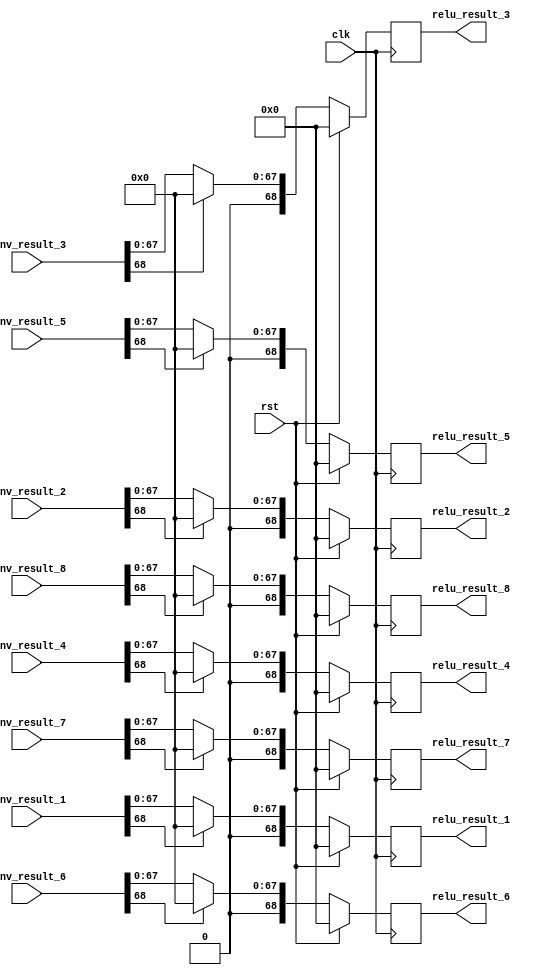
`timescale 1ns / 1ps
/*
`define RELU_X 24
`define RELU_Y 24
`define RELU_DATA_WIDTH 69
*/
module relu_layer(
	input clk,    	// Clock
	input rst,  	// Asynchronous reset active high
	input signed [68:0] conv_result_1,
	input signed [68:0] conv_result_2,
	input signed [68:0] conv_result_3,
	input signed [68:0] conv_result_4,
	input signed [68:0] conv_result_5,
	input signed [68:0] conv_result_6,
	input signed [68:0] conv_result_7,
	input signed [68:0] conv_result_8,
	output reg signed [68:0] relu_result_1,
	output reg signed [68:0] relu_result_2,
	output reg signed [68:0] relu_result_3,
	output reg signed [68:0] relu_result_4,
	output reg signed [68:0] relu_result_5,
	output reg signed [68:0] relu_result_6,
	output reg signed [68:0] relu_result_7,
	output reg signed [68:0] relu_result_8
);

	reg signed [68:0] next_relu_result_1;
	reg signed [68:0] next_relu_result_2;
	reg signed [68:0] next_relu_result_3;
	reg signed [68:0] next_relu_result_4;
	reg signed [68:0] next_relu_result_5;
	reg signed [68:0] next_relu_result_6;
	reg signed [68:0] next_relu_result_7;
	reg signed [68:0] next_relu_result_8;

	always @ (*) begin
		if (conv_result_1[68] == 1'b1) next_relu_result_1 = 0;
		else next_relu_result_1 = conv_result_1;

		if (conv_result_2[68] == 1'b1) next_relu_result_2 = 0;
		else next_relu_result_2 = conv_result_2;

		if (conv_result_3[68] == 1'b1) next_relu_result_3 = 0;
		else next_relu_result_3 = conv_result_3;

		if (conv_result_4[68] == 1'b1) next_relu_result_4 = 0;
		else next_relu_result_4 = conv_result_4;

		if (conv_result_5[68] == 1'b1) next_relu_result_5 = 0;
		else next_relu_result_5 = conv_result_5;

		if (conv_result_6[68] == 1'b1) next_relu_result_6 = 0;
		else next_relu_result_6 = conv_result_6;

		if (conv_result_7[68] == 1'b1) next_relu_result_7 = 0;
		else next_relu_result_7 = conv_result_7;

		if (conv_result_8[68] == 1'b1) next_relu_result_8 = 0;
		else next_relu_result_8 = conv_result_8;
	end

	always @ (posedge clk) begin
		if (rst) begin
			relu_result_1 <= 0;
			relu_result_2 <= 0;
			relu_result_3 <= 0;
			relu_result_4 <= 0;
			relu_result_5 <= 0;
			relu_result_6 <= 0;
			relu_result_7 <= 0;
			relu_result_8 <= 0;
		end else begin
			relu_result_1 <= next_relu_result_1;
			relu_result_2 <= next_relu_result_2;
			relu_result_3 <= next_relu_result_3;
			relu_result_4 <= next_relu_result_4;
			relu_result_5 <= next_relu_result_5;
			relu_result_6 <= next_relu_result_6;
			relu_result_7 <= next_relu_result_7;
			relu_result_8 <= next_relu_result_8;
		end
	end

endmodule